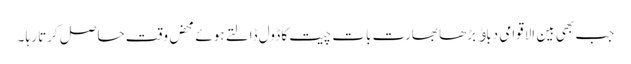
جب بھی بین الاقوامی دباﺅ بڑھا بھارت بات چیت کا ڈول ڈالتے ہوئے محض وقت حاصل کرتا رہا ۔